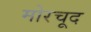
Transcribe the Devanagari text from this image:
मोरचूद